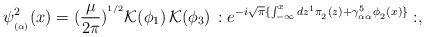
LaTeX: \begin{align*}\psi^2_{_{(\alpha)}}(x) = (\frac{\mu}{2\pi})^{^{1/2}} {\cal K}(\phi_1)\,{\cal K}(\phi_3)\, :e^{-i \sqrt{\pi} \{\int_{-\infty}^x dz^1 \pi_{_2}(z) + \gamma^5_{_{\alpha\alpha}} \phi_{_2}(x)\}}:,\end{align*}